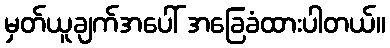
မှတ်ယူချက်အပေါ် အခြေခံထားပါတယ်။